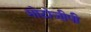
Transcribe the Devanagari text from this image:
मोटोजीपी